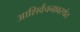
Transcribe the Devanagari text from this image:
आशिर्वचनावस्थेत